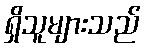
ရှိသူများသည်